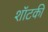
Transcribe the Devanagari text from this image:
शॉटकी